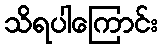
သိရပါကြောင်း